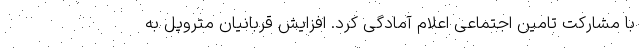
با مشارکت تامین اجتماعی اعلام آمادگی کرد. افزایش قربانیان متروپل به